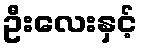
ဦးလေးနှင့်